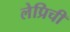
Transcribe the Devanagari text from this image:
लेप्रिची